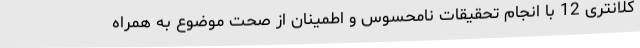
کلانتری 12 با انجام تحقیقات نامحسوس و اطمینان از صحت موضوع به همراه